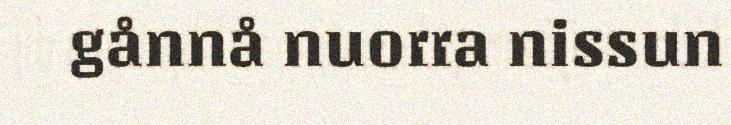
gånnå nuorra nissun